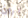
يمرون